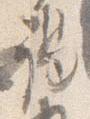
謁